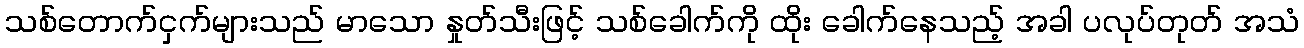
သစ်တောက်ငှက်များသည် မာသော နှုတ်သီးဖြင့် သစ်ခေါက်ကို ထိုး ခေါက်နေသည့် အခါ ပလုပ်တုတ် အသံ